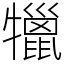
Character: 犣